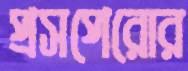
প্রসপেরোর